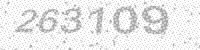
Solution: 263109